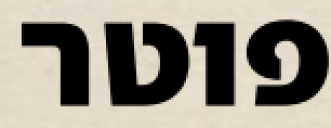
פוטר